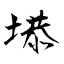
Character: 塨